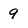
Character: 9